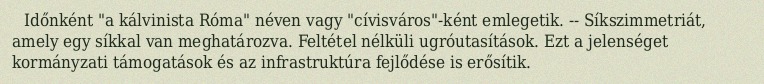
Időnként "a kálvinista Róma" néven vagy "cívisváros"-ként emlegetik. -- Síkszimmetriát, amely egy síkkal van meghatározva. Feltétel nélküli ugróutasítások. Ezt a jelenséget kormányzati támogatások és az infrastruktúra fejlődése is erősítik.